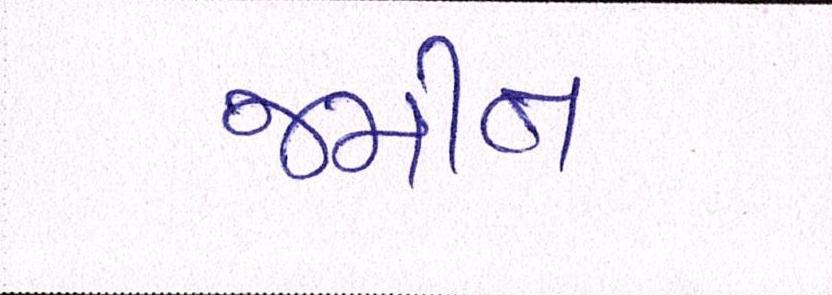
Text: જમીન